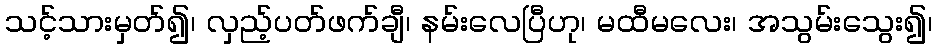
သင့်သားမှတ်၍၊ လှည့်ပတ်ဖက်ချီ၊ နမ်းလေပြီဟု၊ မထီမလေး၊ အသွမ်းသွေး၍၊